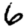
Digit: 6